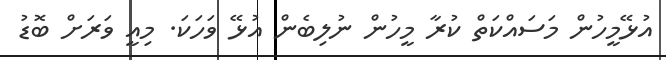
އުޅޭމީހުން މަސައްކަތް ކުރާ މީހުން ނުލިބެން އުޅޭ ވަހަކަ. މިއީ ވަރަށް ބޮޑު